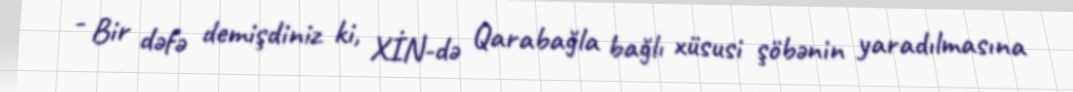
- Bir dəfə demişdiniz ki, XİN-də Qarabağla bağlı xüsusi şöbənin yaradılmasına